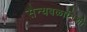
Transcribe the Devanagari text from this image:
सैन्यबळानिशी